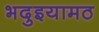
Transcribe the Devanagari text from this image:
भदुइयामठ